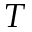
T